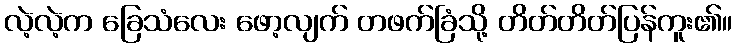
လဲ့လဲ့က ခြေသံလေး ဖော့လျက် တဖက်ခြံသို့ တိတ်တိတ်ပြန်ကူး၏။